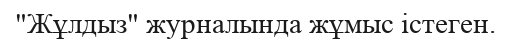
"Жұлдыз" журналында жұмыс істеген.